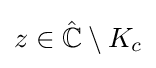
z\in {\hat {\mathbb {C} }}\setminus K_{c}